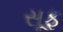
સૂફ